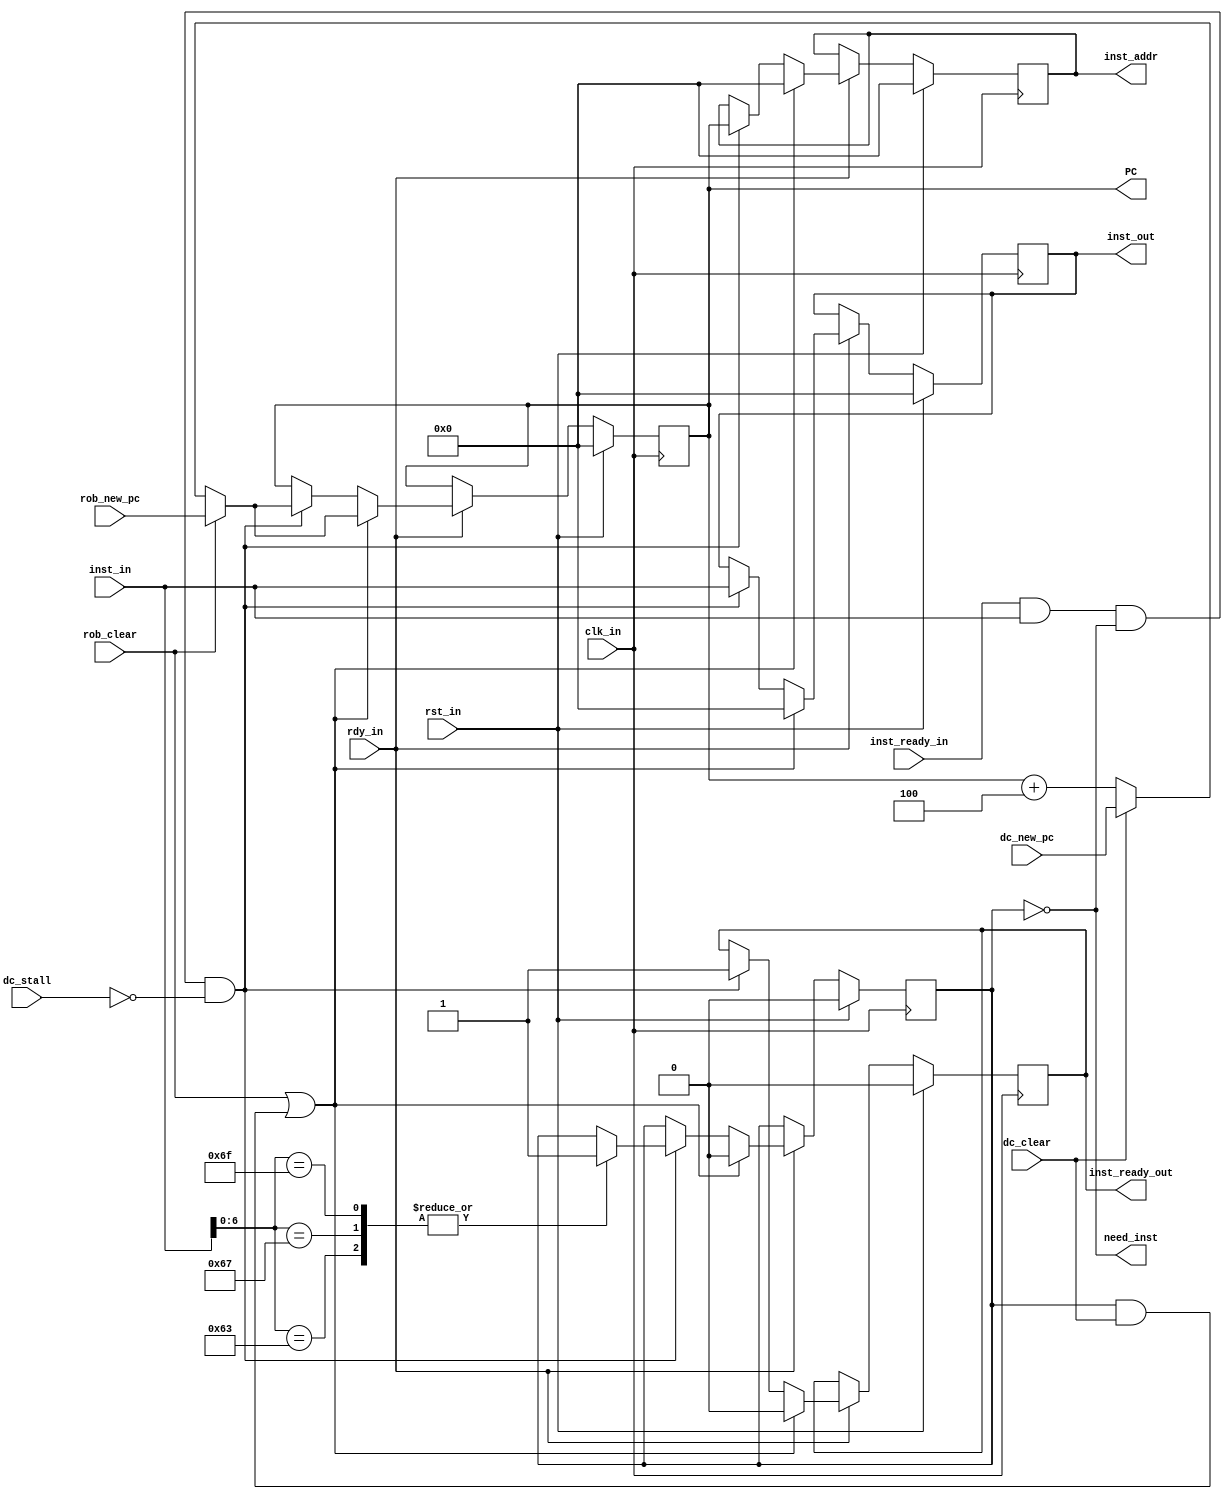
module InstFetcher (
    input wire clk_in,  // system clock signal
    input wire rst_in,  // reset signal
    input wire rdy_in,  // ready signal, pause cpu when low

    // cache
    output wire        need_inst,
    output reg  [31:0] PC,
    input  wire        inst_ready_in,
    input  wire [31:0] inst_in,

    // lines between decoder
    input  wire        dc_stall,
    input  wire        dc_clear,
    input  wire [31:0] dc_new_pc,
    output reg         inst_ready_out,
    output reg  [31:0] inst_addr,
    output reg  [31:0] inst_out,

    input wire        rob_clear,
    input wire [31:0] rob_new_pc
);
    reg stall;
    wire [31:0] next_PC = rob_clear ? rob_new_pc : dc_clear ? dc_new_pc : PC + 4;
    always @(posedge clk_in) begin
        if (rst_in) begin
            PC <= 0;
            inst_ready_out <= 0;
            inst_addr <= 0;
            inst_out <= 0;
            stall <= 0;
        end
        else if (!rdy_in) begin
            // do nothing
        end
        else if (rob_clear || (stall && dc_clear)) begin
            PC <= next_PC;
            inst_ready_out <= 0;
            inst_addr <= 0;
            inst_out <= 0;
            stall <= 0;
        end
        else if (inst_ready_in && inst_in && !stall && !dc_stall) begin
            PC <= next_PC;
            inst_ready_out <= 1;
            inst_addr <= PC;
            inst_out <= inst_in;

            case (inst_in[6:0])
                7'b1101111, 7'b1100111, 7'b1100011: begin
                    stall <= 1;
                end
            endcase
        end
    end

    assign need_inst = !stall;
endmodule